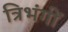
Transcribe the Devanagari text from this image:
त्रिभंगीं